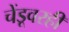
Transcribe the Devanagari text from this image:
चेंडूवरही